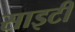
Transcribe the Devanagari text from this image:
साइटी